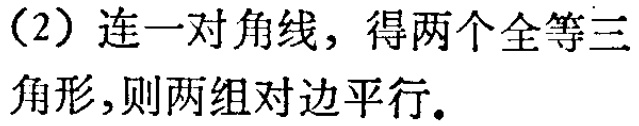
（2）连一对角线，得两个全等三角形，则两组对边平行。